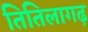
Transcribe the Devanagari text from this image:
तितिलागढ़